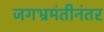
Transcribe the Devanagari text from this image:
जगभ्रमंतीनंतर